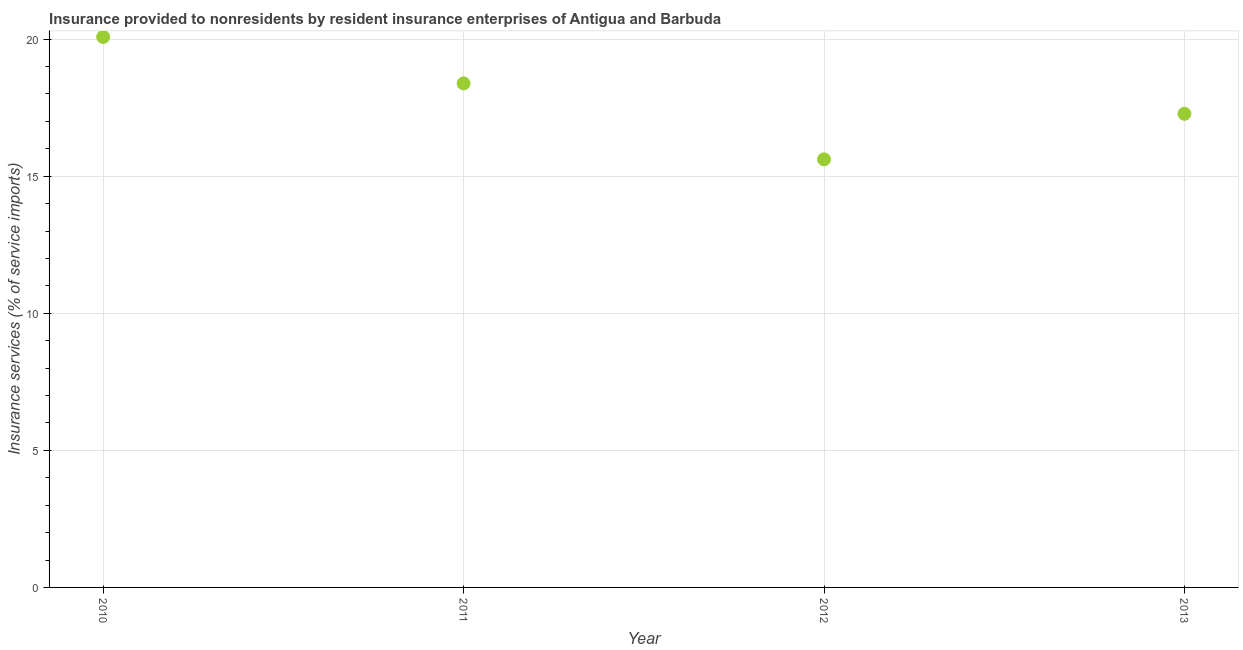
| Year | Insurance and financial services |
 | --- | --- |
 | 2010 | 20.1 |
 | 2011 | 18.4 |
 | 2012 | 15.6 |
 | 2013 | 17.3 |